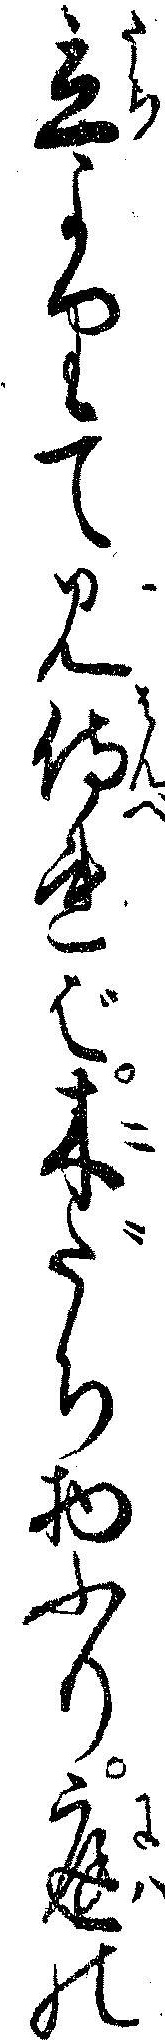
立よりて見侍れば木だち物ふり庭の